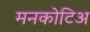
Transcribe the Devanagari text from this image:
मनकोटिअ